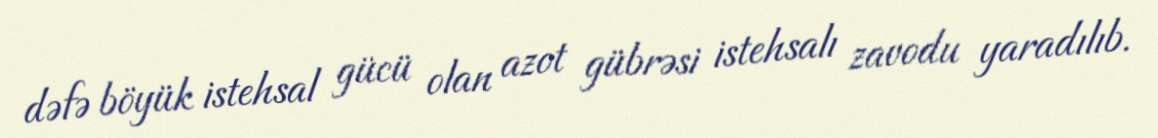
dəfə böyük istehsal gücü olan azot gübrəsi istehsalı zavodu yaradılıb.